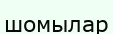
шомылар